Plague in India, 1896, 1897 - Volume 1
Year: 1896
Disease focus: Plague
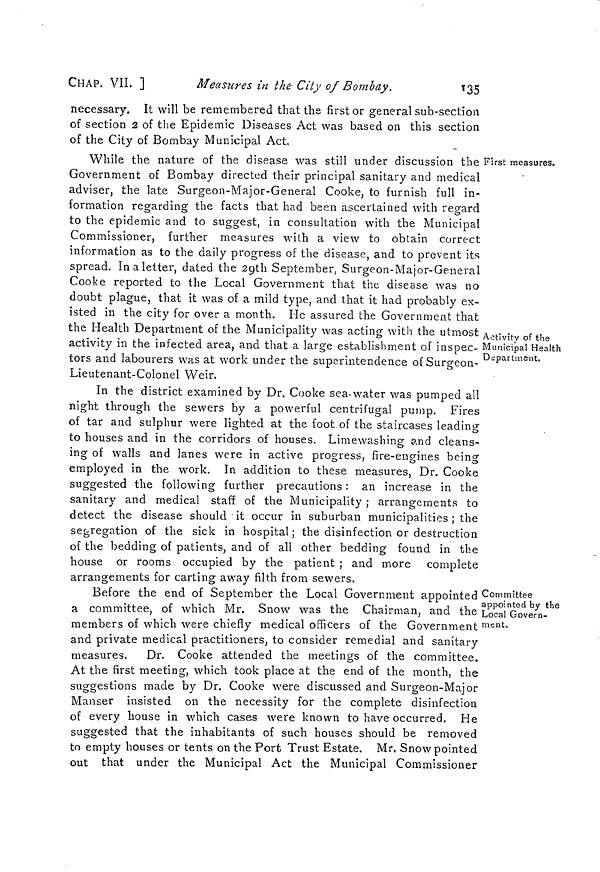
CHAP. VII. ]
Measures in the City of Bombay.
135
necessary. It will be remembered that the first or general sub-section
of section 2 of the Epidemic Diseases Act was based on this section
of the City of Bombay Municipal Act.
First measures.
Activity of the
Municipal Health
Department.
While the nature of the disease was still under discussion the
Government of Bombay directed their principal sanitary and medical
adviser, the late Surgeon-Major-General Cooke, to furnish full in-
formation regarding the facts that had been ascertained with regard
to the epidemic and to suggest, in consultation with the Municipal
Commissioner, further measures with a view to obtain correct
information as to the daily progress of the disease, and to prevent its
spread. In a letter, dated the 29th September, Surgeon-Major-General
Cooke reported to the Local Government that the disease was no
doubt plague, that it was of a mild type, and that it had probably ex-
isted in the city for over a month. He assured the Government that
the Health Department of the Municipality was acting with the utmost
activity in the infected area, and that a large establishment of inspec-
tors and labourers was at work under the superintendence of Surgeon-
Lieutenant-Colonel Weir.
In the district examined by Dr. Cooke sea-water was pumped all
night through the sewers by a powerful centrifugal pump. Fires
of tar and sulphur were lighted at the foot of the staircases leading
to houses and in the corridors of houses. Limewashing and cleans-
O
ing of walls and lanes were in active progress, fire-engines being
employed in the work. In addition to these measures, Dr. Cooke
suggested the following further precautions : an increase in the
sanitary and medical staff of the Municipality ; arrangements to
detect the disease should it occur in suburban municipalities ; the
segregation of the sick in hospital; the disinfection or destruction
of the bedding of patients, and of all other bedding found in the
house or rooms occupied by the patient ; and more complete
arrangements for carting away filth from sewers.
Committee
appointed by the
Local Govern-
ment.
Before the end of September the Local Government appointed
a committee, of which Mr. Snow was the Chairman, and the
members of which were chiefly medical officers of the Government
and private medical practitioners, to consider remedial and sanitary
measures. Dr. Cooke attended the meetings of the committee.
At the first meeting, which took place at the end of the month, the
suggestions made by Dr. Cooke were discussed and Surgeon-Major
Manser insisted on the necessity for the complete disinfection
of every house in which cases were known to have occurred. He
suggested that the inhabitants of such houses should be removed
to empty houses or tents on the Port Trust Estate. Mr, Snow pointed
out that under the Municipal Act the Municipal Commissioner